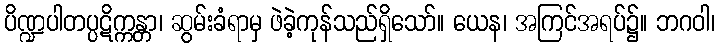
ပိဏ္ဍပါတပ္ပဋိက္ကန္တာ၊ ဆွမ်းခံရာမှ ဖဲခဲ့ကုန်သည်ရှိသော်။ ယေန၊ အကြင်အရပ်၌။ ဘဂဝါ၊